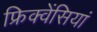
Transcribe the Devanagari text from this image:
फ्रिक्वेंसियां